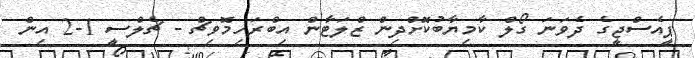
ޕީއެސްޖީގެ ދެވަނަ ގޯލް ކާމިޔާބުކޮށްދިން ޒްލަޓާން އިބްރަހިމޮވިޗް - ޗެލްސީ 1-2 އިން